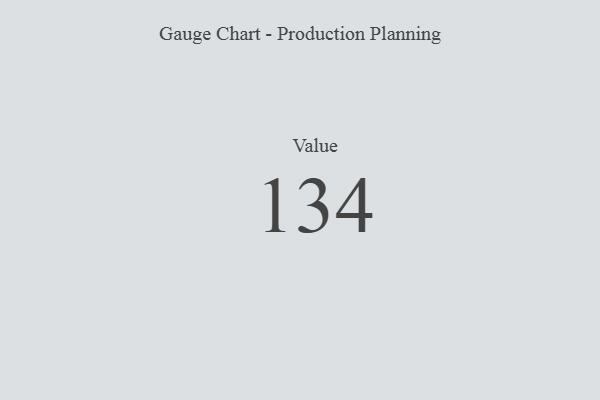
{"axis": {"x": "Metric", "y": "Value"}, "legend": [""], "data": [{"x": "Value", "y": 134, "type": ""}]}